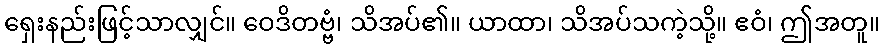
ရှေးနည်းဖြင့်သာလျှင်။ ဝေဒိတဗ္ဗံ၊ သိအပ်၏။ ယာထာ၊ သိအပ်သကဲ့သို့။ ဧဝံ၊ ဤအတူ။